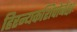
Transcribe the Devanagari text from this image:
हिरन्यकशिपोर्बक्षः